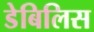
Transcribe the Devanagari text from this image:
डेबिलिस